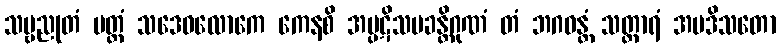
သဗ္ဗညုတံ ပတ္တံ သဒေဝလောကေ ကေနစိ အပ္ပဋိသမခန္တိဂုဏံ တံ ဘဂဝန္တံ သတ္ထာရံ အပဒိသတော